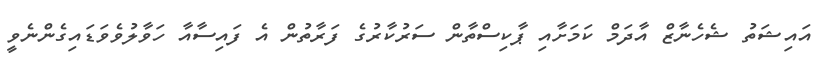
އައިޝަތު ޝެހެނާޒް އާދަމް ކަމަށާއި ޕާކިސްތާން ސަރުކާރުގެ ފަރާތުން އެ ފައިސާއާ ހަވާލުވެވަޑައިގެންނެވީ